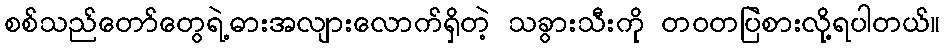
စစ်သည်တော်တွေရဲ့ဓားအလျားလောက်ရှိတဲ့ သခွားသီးကို တဝတပြဲစားလို့ရပါတယ်။